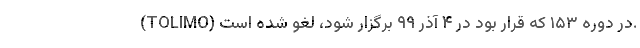
(TOLIMO) در دوره ۱۵۳ که قرار بود در ۴ آذر ۹۹ برگزار شود، لغو شده است.